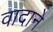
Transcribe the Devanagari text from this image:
वादाने